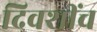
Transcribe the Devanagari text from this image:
दिवशींच